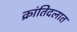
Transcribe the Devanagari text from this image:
क्रांतिदलात